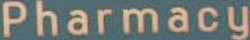
Pharmacy